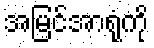
အမြင်အာရုံကို